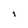
Character: I